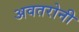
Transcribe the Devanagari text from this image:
अवतरोनी